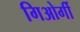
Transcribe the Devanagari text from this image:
गिओर्गी